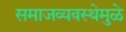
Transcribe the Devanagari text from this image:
समाजव्यवस्थेमुळे